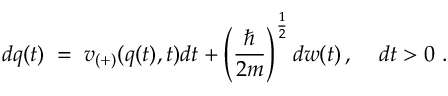
d q ( t ) \; = \; v _ { ( + ) } ( q ( t ) , t ) d t + \left( \frac { \hbar } { 2 m } \right) ^ { \frac { 1 } { 2 } } d w ( t ) \, , \; \; \; \; d t > 0 \, \, .